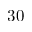
3 0